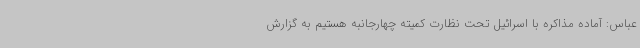
عباس: آماده مذاکره با اسرائیل تحت نظارت کمیته چهارجانبه هستیم به گزارش